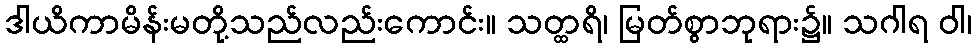
ဒါယိကာမိန်းမတို့သည်လည်းကောင်း။ သတ္ထရိ၊ မြတ်စွာဘုရား၌။ သဂါရ ဝါ၊